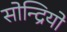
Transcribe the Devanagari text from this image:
सोन्द्रियो